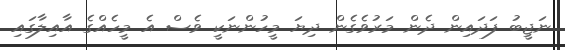
ނަޖީބު ފަދައިން ދެން މަރުވެގެން ދިޔަ މީހުންނަކީ ވެސް އެ މީހެއްގެ އާއިލާގައި